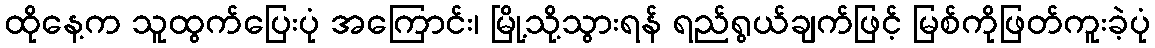
ထိုနေ့က သူထွက်ပြေးပုံ အကြောင်း၊ မြို့သို့သွားရန် ရည်ရွယ်ချက်ဖြင့် မြစ်ကိုဖြတ်ကူးခဲ့ပုံ